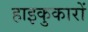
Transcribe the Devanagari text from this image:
हाइकुकारों